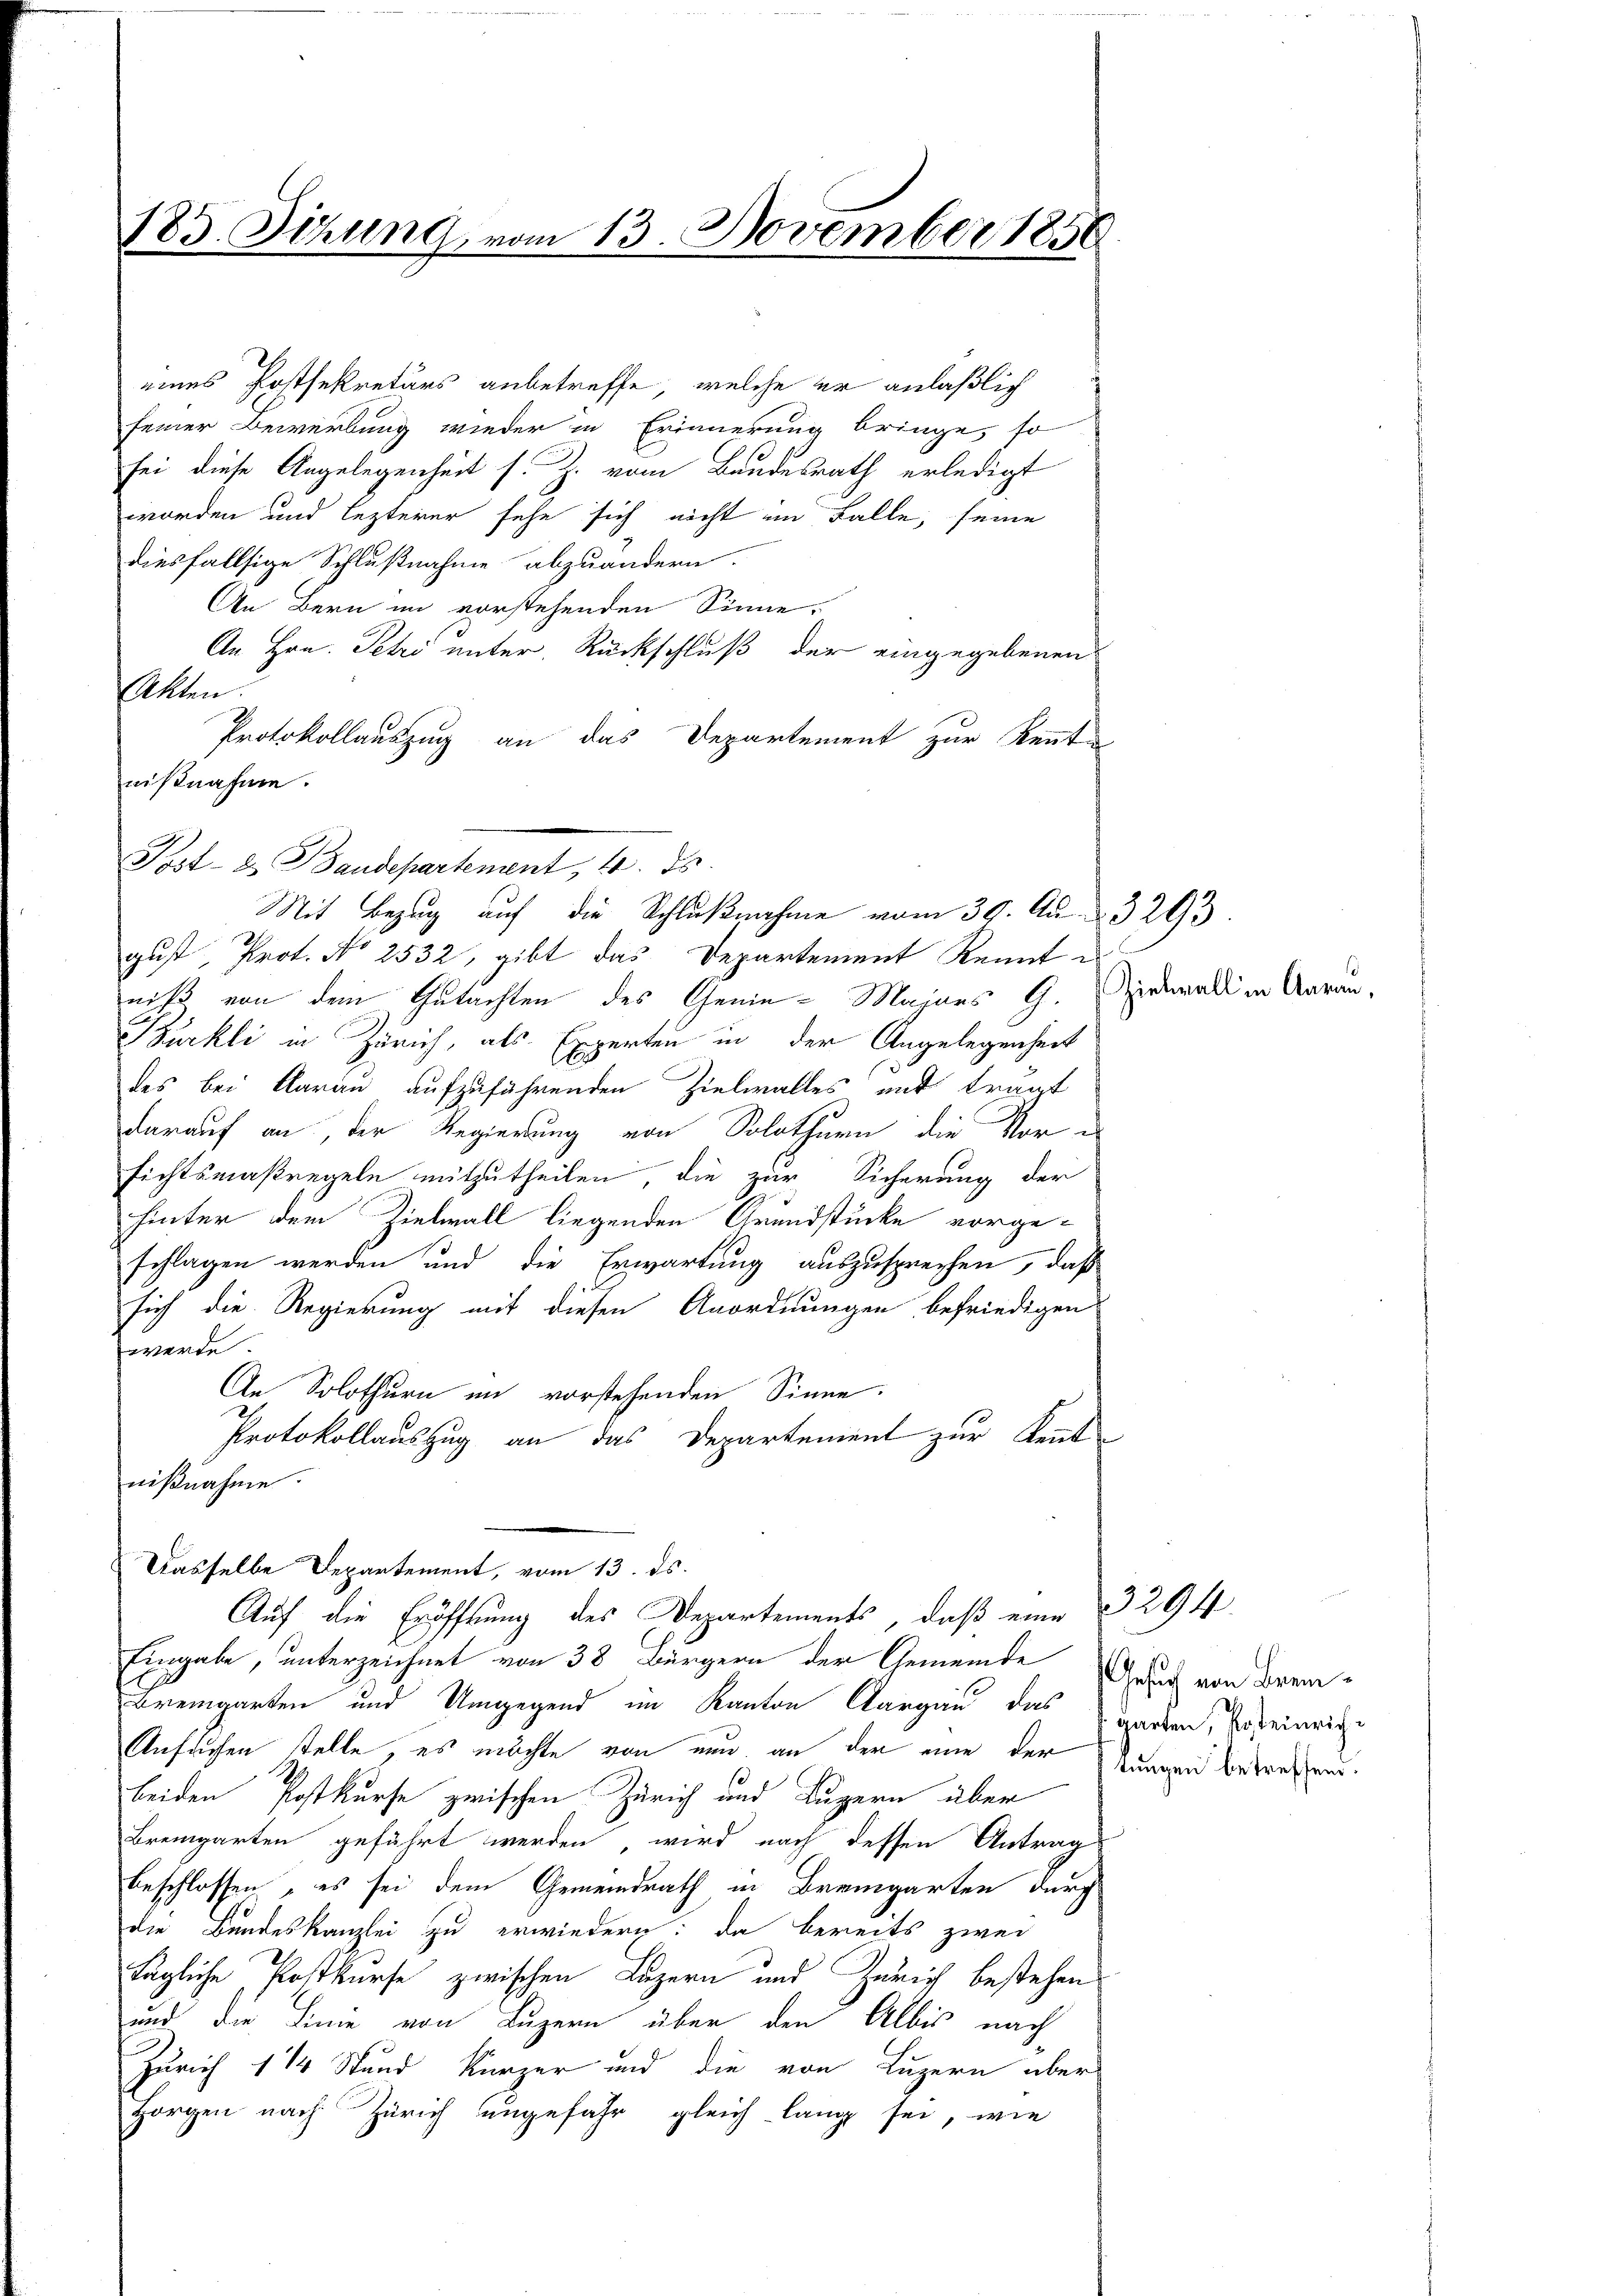
183. Setzung, vom 13. November 185

eines Postsekretärs anbetreffe, welche er anläßlich
seiner Bewerbung wieder in Erinnerung bringe, so
sei diese Angelegenheit s. Z. vom Bundesrath erledigt
worden und lezterer sehe sich nicht im Falle, seine
diesfallsige Schlußnahme abzuändern.
An Bern im vorstehenden Sinne,
An Hrn. Petri unter Rückschluß der eingegebenen
ken
Protokollauszug an das Departement zur Kennte
nißnahme.
Post- & Baudepartenant, 10. ds.
Mit Bezug auf die Schlußnahme vom 30. Au 3293.
gust, Prot. No 2532, gibt das Departement Kennt es
niß von dem Gutachten des Genie-Majors G.
Bürkli in Zürich, als Experten in der Angelegenheit
des bei Aarau aufzuführenden Zielwalles mit trägt
darauf an, der Regierung von Solothurn die Vorsichtsmaßregeln mitzutheilen, die zur Sicherung der
hinter dem Zielwall liegenden Grundstücke vorgeschlagen werden und die Erwartung auszusprechen, daß
sich die Regierung mit diesen Anordnungen befriedigen
werde.
An Solothurn im vorstehenden Sinne.
Protokollauszug an das Departement zur Kennt
nißnahme.
Dasselbe Departement, vom 13. ds.
Auf die Eröffnung des Departements, daß eine
Eingabe, unterzeichnet von 38 Bürgern der Gemeinde Grad von Brem-
Bremgarten und Umgegend im Kanton Aargau das garben, so seinriche
Ansuchen stelle, es möchte von nun an der eine der Stangen betreffen.
beiden Postkurse zwischen Zürich und Luzern über
Bremgarten geführt werden, wird nach dessen Antrag
beschlossen, es sei dem Gemeindrath in Bremgarten durch
die Bundeskanzlei zu erwiedern: da bereits zwei
tägliche Postkurse zwischen Luzern und Zürich bestehen
und die Linie von Luzern über den Albis nach
Zürich 114 Stund Kürzer und die von Luzern über
Horgen nach Zürich ungefahr gleich lang sei, wie

Ziehwall in Aarau

3294.